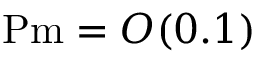
\ensuremath { \mathrm { P m } } = O ( 0 . 1 )